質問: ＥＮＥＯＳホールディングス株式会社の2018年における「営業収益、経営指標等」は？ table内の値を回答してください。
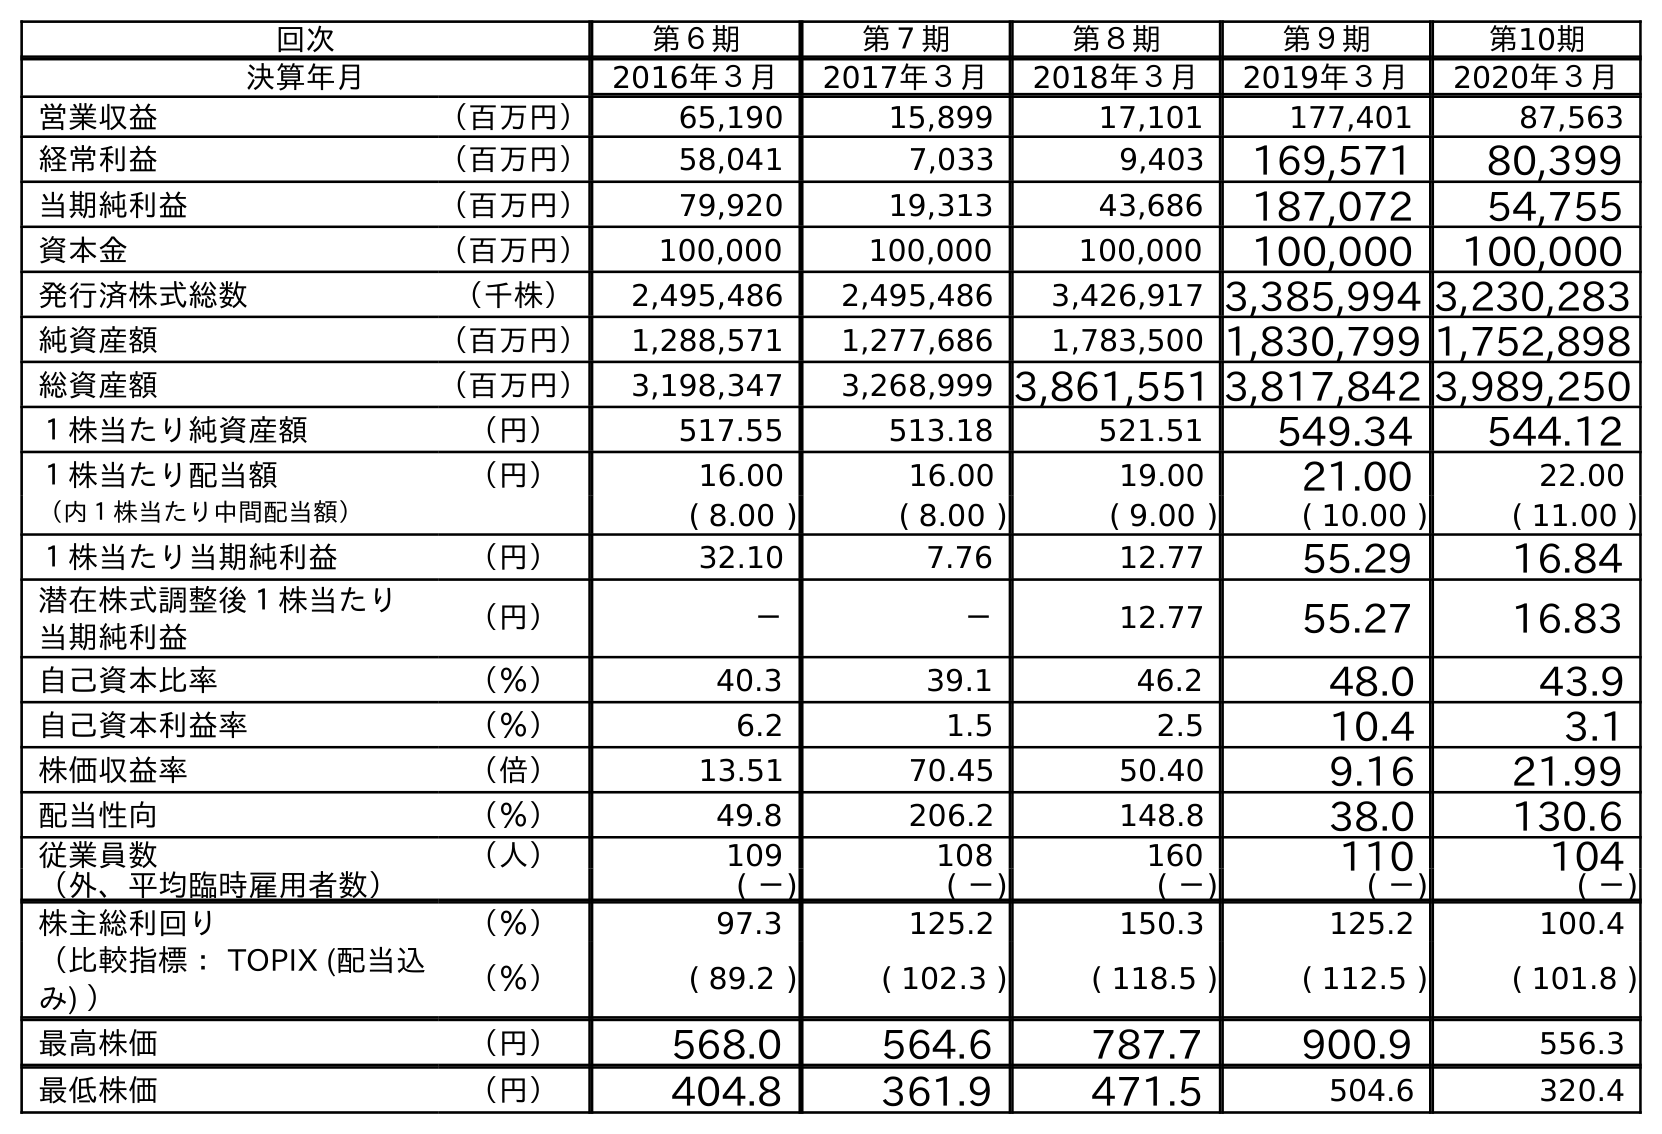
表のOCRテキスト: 回次 第６期 第７期 第８期 第９期 第10期 決算年月 2016年３月 2017年３月 2018年３月 2019年３月 2020年３月 営業収益 （百万円） 65,190 15,899 17,101 177,401 87,563 経常利益 （百万円） 58,041 7,033 9,403 169,571 80,399 当期純利益 （百万円） 79,920 19,313 43,686 187,072 54,755 資本金 （百万円） 100,000 100,000 100,000 100,000 100,000 発行済株式総数 （千株） 2,495,486 2,495,486 3,426,917 3,385,994 3,230,283 純資産額 （百万円） 1,288,571 1,277,686 1,783,500 1,830,799 1,752,898 総資産額 （百万円） 3,198,347 3,268,999 3,861,551 3,817,842 3,989,250 １株当たり純資産額 （円） 517.55 513.18 521.51 549.34 544.12 １株当たり配当額 （円） 16.00 16.00 19.00 21.00 22.00 （内１株当たり中間配当額） ( 8.00 ) ( 8.00 ) ( 9.00 ) ( 10.00 ) ( 11.00 ) １株当たり当期純利益 （円） 32.10 7.76 12.77 55.29 16.84 潜在株式調整後１株当たり 当期純利益 （円） － － 12.77 55.27 16.83 自己資本比率 （％） 40.3 39.1 46.2 48.0 43.9 自己資本利益率 （％） 6.2 1.5 2.5 10.4 3.1 株価収益率 （倍） 13.51 70.45 50.40 9.16 21.99 配当性向 （％） 49.8 206.2 148.8 38.0 130.6 従業員数 （人） 109 108 160 110 104 （外、平均臨時雇用者数） ( －) ( －) ( －) ( －) ( －) 株主総利回り （％） 97.3 125.2 150.3 125.2 100.4 （比較指標： TOPIX (配当込 み) ） （％） ( 89.2 ) ( 102.3 ) ( 118.5 ) ( 112.5 ) ( 101.8 ) 最高株価 （円） 568.0 564.6 787.7 900.9 556.3 最低株価 （円） 404.8 361.9 471.5 504.6 320.4
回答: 17,101